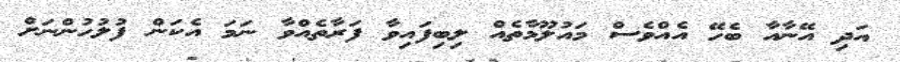
އަދި އޭނާއާ ބެހޭ އެއްވެސް މައުލޫމާތެއް ލިބިފައިވާ ފަރާތެއްވާ ނަމަ އެކަން ފުލުހުންނަށް